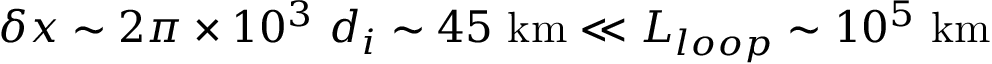
\delta x \sim 2 \pi \times 1 0 ^ { 3 } ~ d _ { i } \sim 4 5 ~ \mathrm { k m } \ll L _ { l o o p } \sim 1 0 ^ { 5 } ~ \mathrm { k m }